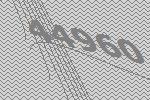
44960